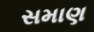
સમાણ